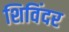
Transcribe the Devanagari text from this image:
शिविंदर